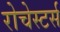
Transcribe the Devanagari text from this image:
रोचेस्टर्स